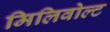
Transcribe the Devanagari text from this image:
मिलिवोल्ट